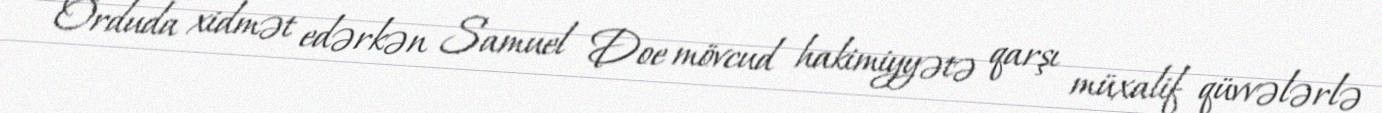
Orduda xidmət edərkən Samuel Doe mövcud hakimiyyətə qarşı müxalif qüvvələrlə